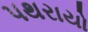
પથરાયો